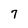
Character: 7